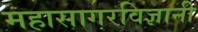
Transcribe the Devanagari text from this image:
महासागरविज्ञानी